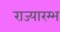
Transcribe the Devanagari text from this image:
राज्यारम्भ